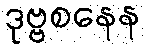
ဒုဗ္ဗစနေန